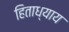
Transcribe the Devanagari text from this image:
हिताध्याय